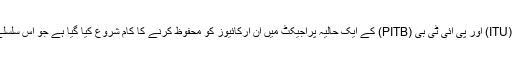
پنجاب میں آئی ٹی یو (ITU) اور پی آئی ٹی بی (PITB) کے ایک حالیہ پراجیکٹ میں ان آرکائیوز کو محفوظ کرنے کا کام شروع کیا گیا ہے جو اس سلسلے میں درست قدم ہے۔